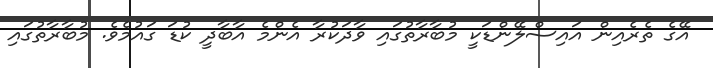
އޭގެ ތެރެއިން އައިސްލޭންޑަކީ މުބާރާތުގައި ވާދަކުރާ އެންމެ އާބާދީ ކުޑަ ގައުމެވެ. މުބާރާތުގައި